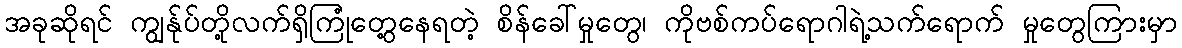
အခုဆိုရင် ကျွန်ုပ်တို့လက်ရှိကြုံတွေ့နေရတဲ့ စိန်ခေါ်မှုတွေ၊ ကိုဗစ်ကပ်ရောဂါရဲ့သက်ရောက် မှုတွေကြားမှာ